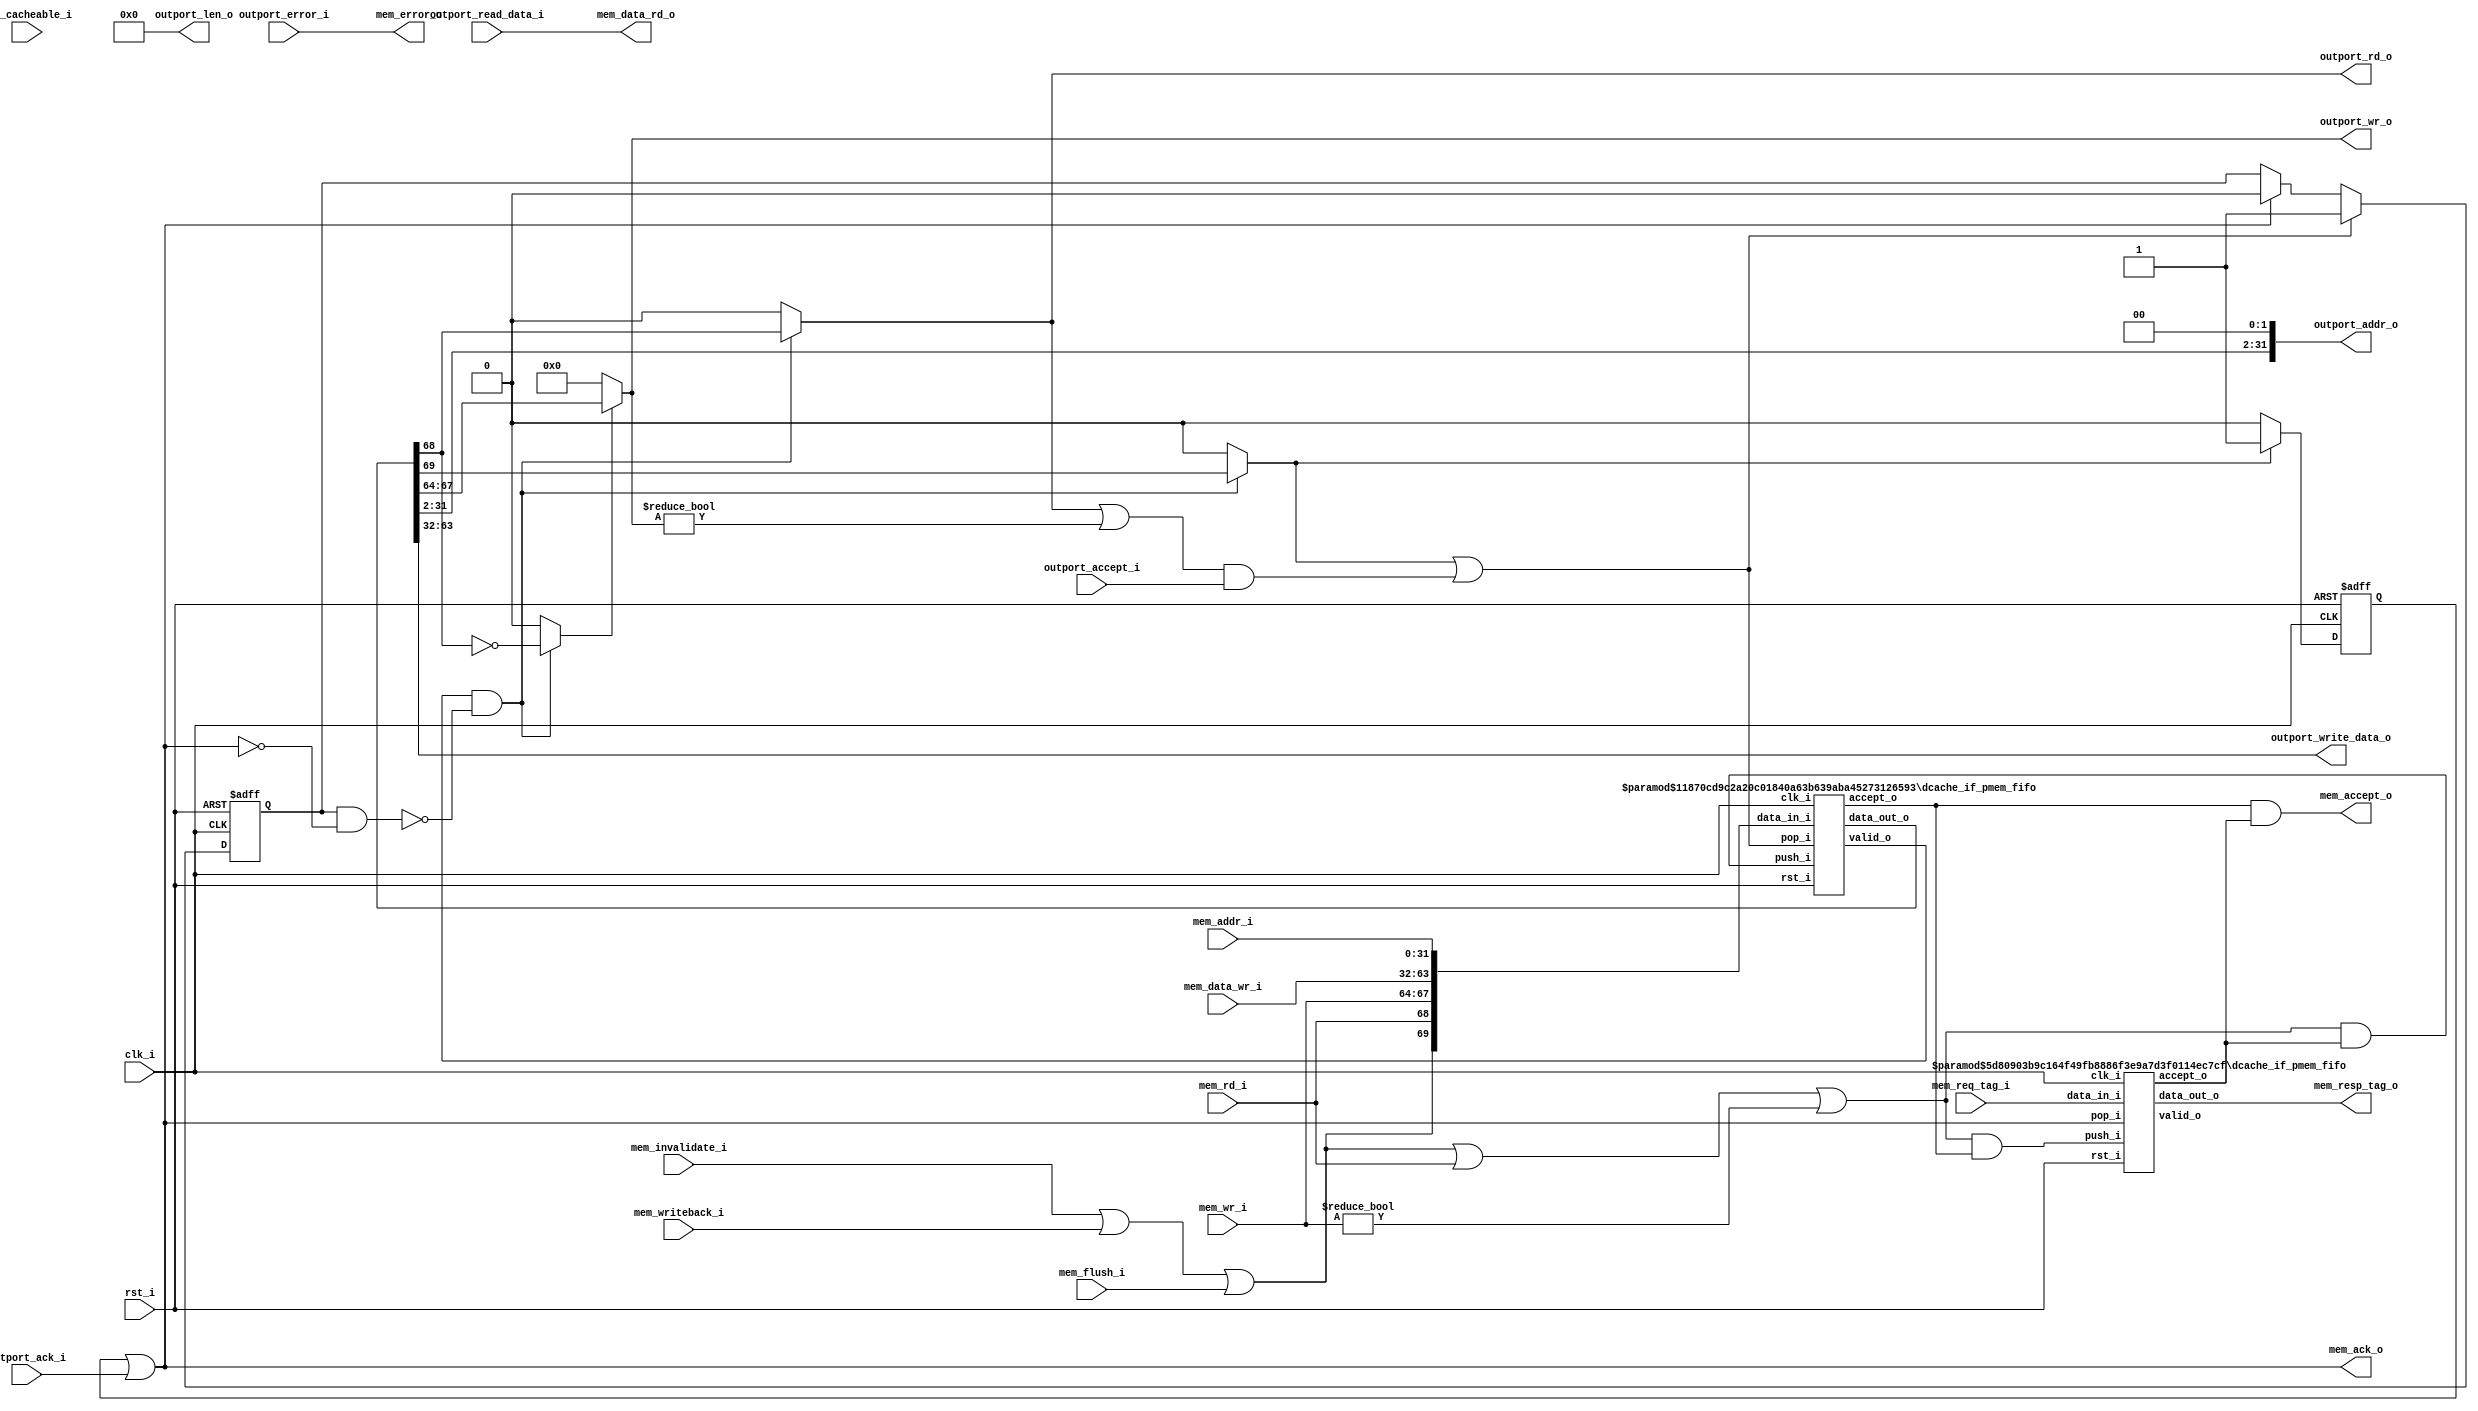
//-----------------------------------------------------------------
//                         biRISC-V CPU
//                            V0.6.0
//                     Ultra-Embedded.com
//                     Copyright 2019-2020
//
//                   admin@ultra-embedded.com
//
//                     License: Apache 2.0
//-----------------------------------------------------------------
// Copyright 2020 Ultra-Embedded.com
// 
// Licensed under the Apache License, Version 2.0 (the "License");
// you may not use this file except in compliance with the License.
// You may obtain a copy of the License at
// 
//     http://www.apache.org/licenses/LICENSE-2.0
// 
// Unless required by applicable law or agreed to in writing, software
// distributed under the License is distributed on an "AS IS" BASIS,
// WITHOUT WARRANTIES OR CONDITIONS OF ANY KIND, either express or implied.
// See the License for the specific language governing permissions and
// limitations under the License.
//-----------------------------------------------------------------

module dcache_if_pmem
(
    // Inputs
     input           clk_i
    ,input           rst_i
    ,input  [ 31:0]  mem_addr_i
    ,input  [ 31:0]  mem_data_wr_i
    ,input           mem_rd_i
    ,input  [  3:0]  mem_wr_i
    ,input           mem_cacheable_i
    ,input  [ 10:0]  mem_req_tag_i
    ,input           mem_invalidate_i
    ,input           mem_writeback_i
    ,input           mem_flush_i
    ,input           outport_accept_i
    ,input           outport_ack_i
    ,input           outport_error_i
    ,input  [ 31:0]  outport_read_data_i

    // Outputs
    ,output [ 31:0]  mem_data_rd_o
    ,output          mem_accept_o
    ,output          mem_ack_o
    ,output          mem_error_o
    ,output [ 10:0]  mem_resp_tag_o
    ,output [  3:0]  outport_wr_o
    ,output          outport_rd_o
    ,output [  7:0]  outport_len_o
    ,output [ 31:0]  outport_addr_o
    ,output [ 31:0]  outport_write_data_o
);





//-------------------------------------------------------------
// Description:
// Bridges between dcache_if -> AXI4/AXI4-Lite.
// Allows 1 outstanding transaction, but can buffer upto 
// REQUEST_BUFFER dcache_if requests before back-pressuring.
//-------------------------------------------------------------

//-------------------------------------------------------------
// Request FIFO
//-------------------------------------------------------------
// Accepts from both FIFOs
wire          res_accept_w;
wire          req_accept_w;

// Output accept
wire          request_complete_w;

wire          req_pop_w   = request_complete_w;
wire          req_valid_w;
wire [70-1:0] req_w;

// Cache requests are dropped
// NOTE: Should not actually end up here if configured correctly.
wire          drop_req_w   = mem_invalidate_i || mem_writeback_i || mem_flush_i;
wire          request_w    = drop_req_w || mem_rd_i || mem_wr_i != 4'b0;

// Push on transaction and other FIFO not full
wire          req_push_w   = request_w && res_accept_w;

dcache_if_pmem_fifo
#( 
    .WIDTH(32+32+4+1+1),
    .DEPTH(2),
    .ADDR_W(1)
)
u_req
(
    .clk_i(clk_i),
    .rst_i(rst_i),

    // Input side
    .data_in_i({drop_req_w, mem_rd_i, mem_wr_i, mem_data_wr_i, mem_addr_i}),
    .push_i(req_push_w),
    .accept_o(req_accept_w),

    // Outputs
    .valid_o(req_valid_w),
    .data_out_o(req_w),
    .pop_i(req_pop_w)
);

assign mem_accept_o = req_accept_w & res_accept_w;

//-------------------------------------------------------------
// Response Tracking FIFO
//-------------------------------------------------------------
// Push on transaction and other FIFO not full
wire res_push_w = request_w && req_accept_w;

dcache_if_pmem_fifo
#( 
    .WIDTH(11),
    .DEPTH(2),
    .ADDR_W(1)
)
u_resp
(
    .clk_i(clk_i),
    .rst_i(rst_i),

    // Input side
    .data_in_i(mem_req_tag_i),
    .push_i(res_push_w),
    .accept_o(res_accept_w),

    // Outputs
    .valid_o(), // UNUSED
    .data_out_o(mem_resp_tag_o),
    .pop_i(mem_ack_o)
);

//-------------------------------------------------------------
// Request
//-------------------------------------------------------------
reg  request_pending_q;
wire request_in_progress_w  = request_pending_q & !mem_ack_o;

wire req_is_read_w          = ((req_valid_w & !request_in_progress_w) ? req_w[68] : 1'b0);
wire req_is_write_w         = ((req_valid_w & !request_in_progress_w) ? ~req_w[68] : 1'b0);
wire req_is_drop_w          = ((req_valid_w & !request_in_progress_w) ? req_w[69] : 1'b0);

assign outport_wr_o         = req_is_write_w ? req_w[67:64] : 4'b0;
assign outport_rd_o         = req_is_read_w;
assign outport_len_o        = 8'd0;
assign outport_addr_o       = {req_w[31:2], 2'b0};
assign outport_write_data_o = req_w[63:32];

assign request_complete_w   = req_is_drop_w || ((outport_rd_o || outport_wr_o != 4'b0) && outport_accept_i);

// Outstanding Request Tracking
always @ (posedge clk_i or posedge rst_i)
if (rst_i)
    request_pending_q <= 1'b0;
else if (request_complete_w)
    request_pending_q <= 1'b1;
else if (mem_ack_o)
    request_pending_q <= 1'b0;

//-------------------------------------------------------------
// Response
//-------------------------------------------------------------
reg dropped_q;

always @ (posedge clk_i or posedge rst_i)
if (rst_i)
    dropped_q <= 1'b0;
else if (req_is_drop_w)
    dropped_q <= 1'b1;
else
    dropped_q <= 1'b0;

assign mem_ack_o     = dropped_q || outport_ack_i;
assign mem_data_rd_o = outport_read_data_i;
assign mem_error_o   = outport_error_i;


endmodule

module dcache_if_pmem_fifo
//-----------------------------------------------------------------
// Params
//-----------------------------------------------------------------
#(
    parameter WIDTH   = 8,
    parameter DEPTH   = 4,
    parameter ADDR_W  = 2
)
//-----------------------------------------------------------------
// Ports
//-----------------------------------------------------------------
(
    // Inputs
     input               clk_i
    ,input               rst_i
    ,input  [WIDTH-1:0]  data_in_i
    ,input               push_i
    ,input               pop_i

    // Outputs
    ,output [WIDTH-1:0]  data_out_o
    ,output              accept_o
    ,output              valid_o
);

//-----------------------------------------------------------------
// Local Params
//-----------------------------------------------------------------
localparam COUNT_W = ADDR_W + 1;

//-----------------------------------------------------------------
// Registers
//-----------------------------------------------------------------
reg [WIDTH-1:0]   ram_q[DEPTH-1:0];
reg [ADDR_W-1:0]  rd_ptr_q;
reg [ADDR_W-1:0]  wr_ptr_q;
reg [COUNT_W-1:0] count_q;

//-----------------------------------------------------------------
// Sequential
//-----------------------------------------------------------------
always @ (posedge clk_i or posedge rst_i)
if (rst_i)
begin
    count_q   <= {(COUNT_W) {1'b0}};
    rd_ptr_q  <= {(ADDR_W) {1'b0}};
    wr_ptr_q  <= {(ADDR_W) {1'b0}};
end
else
begin
    // Push
    if (push_i & accept_o)
    begin
        ram_q[wr_ptr_q] <= data_in_i;
        wr_ptr_q        <= wr_ptr_q + 1;
    end

    // Pop
    if (pop_i & valid_o)
        rd_ptr_q      <= rd_ptr_q + 1;

    // Count up
    if ((push_i & accept_o) & ~(pop_i & valid_o))
        count_q <= count_q + 1;
    // Count down
    else if (~(push_i & accept_o) & (pop_i & valid_o))
        count_q <= count_q - 1;
end

//-------------------------------------------------------------------
// Combinatorial
//-------------------------------------------------------------------
/* verilator lint_off WIDTH */
assign valid_o       = (count_q != 0);
assign accept_o      = (count_q != DEPTH);
/* verilator lint_on WIDTH */

assign data_out_o    = ram_q[rd_ptr_q];



endmodule